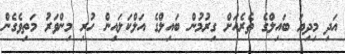
އަދި މިދިޔަ ބައިލްގެ ތެރެއަށް ގިރުމުން ބައިލްގެ އަލްކަލައިން ހުރި މިންވަރު މަތިވެގެން